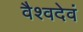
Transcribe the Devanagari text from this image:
वैश्वदेवं